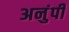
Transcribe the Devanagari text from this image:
अनुंपी